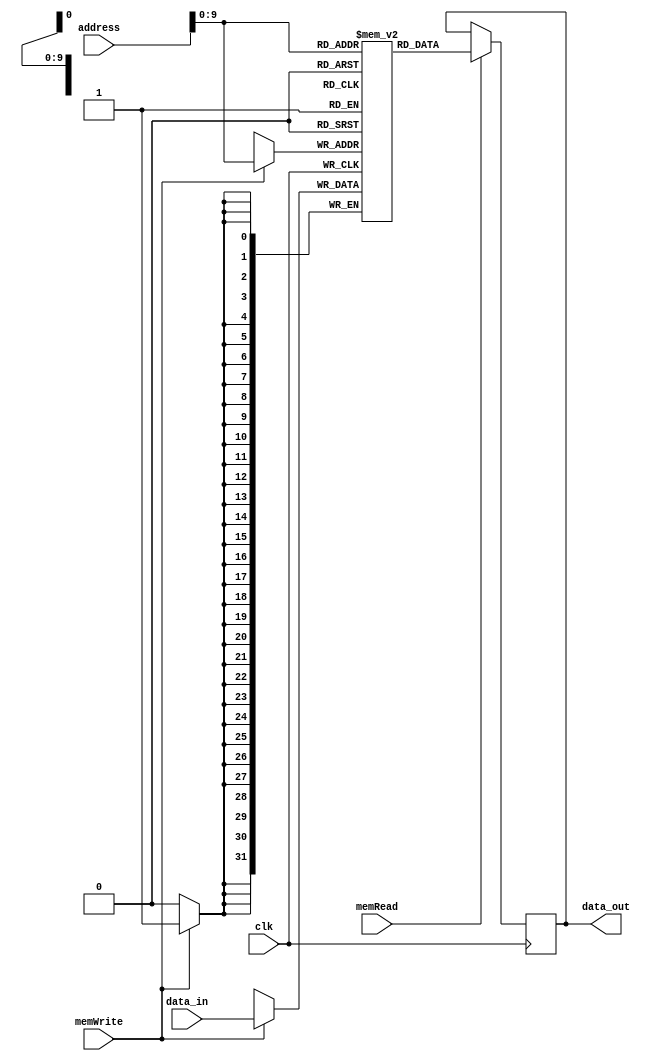
module memory(
    input wire clk,                // Clock signal
    input wire memRead,            // Memory read signal
    input wire memWrite,           // Memory write signal
    input wire [31:0] address,     // 32-bit input address
    input wire [31:0] data_in,     // 32-bit input data to write
    output reg [31:0] data_out     // 32-bit output data read
);

    // Define memory size for each segment; adjust sizes as needed
    parameter INSTR_SEGMENT_SIZE = 256;  // 256 words 
    parameter DATA_SEGMENT_SIZE = 256;   //  256 words
    parameter STACK_SEGMENT_SIZE = 256;  //  256 words 

    // Total memory size in bytes
    parameter TOTAL_MEMORY_SIZE = (INSTR_SEGMENT_SIZE + DATA_SEGMENT_SIZE + STACK_SEGMENT_SIZE);

    // Memory array (word-addressable)
    reg [31:0] memory_array [0:TOTAL_MEMORY_SIZE-1];
	
	// Initialize memory with instructions, data, and stack values
    initial begin
        //Instructions segment initialization 
		
		//AND			   
		///	
		/*
		op = 000000
		rd = 0010
		rs1=  0011
		rs2 = 0100
		
		answer = 0000
		*/
        memory_array[0] = 32'b00000000100011010000000000000000;
		
		//ADD
		memory_array[1] = 32'b00000101110011010000000000000000;
	 
		//SUB
		memory_array[2] = 32'b00001000100111010100000000000000;
	 
		//ANDI
		memory_array[3] = 32'b00001100110100000000000000100000;
	 
		//ADDI
		memory_array[4] = 32'b00010010100001000000000000100100;
		 
	 
		//LW
		memory_array[5] = 32'b00010100010011000001000000000000;
 
		//LW.POI
		memory_array[6] = 32'b00011000010101000001000000000001;
		 	
		//SW
		memory_array[7] = 32'b00011100011001000001000000000000;
	
		//BGT
		memory_array[8] = 32'b00100000011001000001000000000000;
		 	
		//BLT
		memory_array[9] = 32'b00100100011000000001000000000000;
		 	
		//BEQ
		memory_array[10] = 32'b00101000010101000001000000000000;
		 
		//BNQ
		memory_array[11] = 32'b00101100010101000001000000000000;
		 
		//JMP
		memory_array[12] = 32'b00110000000000000000001111101000;
	 
		//CALL
		memory_array[13] = 32'b00110100000000000000000001100100;
		 
		//RET
		memory_array[14] = 32'b00111000000000000000011111010000;
	 
		//PUSH
		memory_array[15] = 32'b00111110010000000000000000000000;
	 
		//POP
		memory_array[16] = 32'b01000010000000000000000000000000;
	 
		
        //Data segment initialization
        memory_array[INSTR_SEGMENT_SIZE] = 32'h12345678;	 //at address 256	   (first address)
		memory_array[INSTR_SEGMENT_SIZE+DATA_SEGMENT_SIZE-1] = 32'h67DB5800;	 //at address 511 (last address)

        //Stack segment initialization
      	memory_array[(INSTR_SEGMENT_SIZE + DATA_SEGMENT_SIZE)] = 32'h9ABCDEF0;		 //at address 512 (first address)
		memory_array[(INSTR_SEGMENT_SIZE + DATA_SEGMENT_SIZE + STACK_SEGMENT_SIZE -1 )]  = 32'h55BE48F0;		 //at address 767 (last address)
    end
	
    // Memory read and write operations
    always @(posedge clk) begin
        if (memWrite)begin
            // Write operation
            memory_array[address]     <= data_in[31:0];
        end
        if (memRead) begin
            // Read operation
            data_out[31:0] <= memory_array[address];
        end
    end

endmodule


`timescale 1ns / 1ps

module memory_tb;

    // Inputs
    reg clk;
    reg memRead;
    reg memWrite;
    reg [31:0] address;
    reg [31:0] data_in;

    // Outputs
    wire [31:0] data_out;

    // Instantiate the memory module
    memory uut (
        .clk(clk), 
        .memRead(memRead), 
        .memWrite(memWrite), 
        .address(address), 
        .data_in(data_in), 
        .data_out(data_out)
    );

    // Clock generation
    always #5 clk = ~clk;

    // Test sequence
    initial begin
        // Initialize Inputs
        clk = 0;
        memRead = 0;
        memWrite = 0;
        address = 0;
        data_in = 0;

        // Wait for global reset
        #100;

        // Write to Instruction segment
        address = 32'h00000000; // Beginning of instruction segment
        data_in = 32'h00000123; // Example instruction
        memWrite = 1; // Enable write
        #10;
        memWrite = 0; // Disable write
        #10;

        // Read from Instruction segment
        memRead = 1; // Enable read
        #10;
        memRead = 0; // Disable read
        #10;

        // Write to Data segment
        address = 32'd256; // Beginning of data segment (assuming 256 words per segment)
        data_in = 32'h456789AB; // Example data
        memWrite = 1; // Enable write
        #10;
        memWrite = 0; // Disable write
        #10;

        // Read from Data segment
        memRead = 1; // Enable read
        #10;
        memRead = 0; // Disable read
        #10;

        // Write to Stack segment
        address = 32'd512; // Beginning of stack segment (assuming 256 words per segment)
        data_in = 32'hCDEF0123; // Example stack data
        memWrite = 1; // Enable write
        #10;
        memWrite = 0; // Disable write
        #10;

        // Read from Stack segment
        memRead = 1; // Enable read
        #10;
        memRead = 0; // Disable read
        #10;

        // Finish the simulation
        $finish;
    end

    // Monitor
    initial begin
        $monitor("At time %t, address %h, data written %h, data read %h", $time, address, data_in, data_out);
    end

endmodule